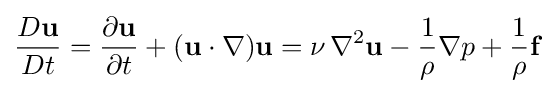
{\frac {D\mathbf {u} }{Dt}}={\frac {\partial \mathbf {u} }{\partial t}}+(\mathbf {u} \cdot \nabla )\mathbf {u} =\nu \,\nabla ^{2}\mathbf {u} -{\frac {1}{\rho }}\nabla p+{\frac {1}{\rho }}\mathbf {f}